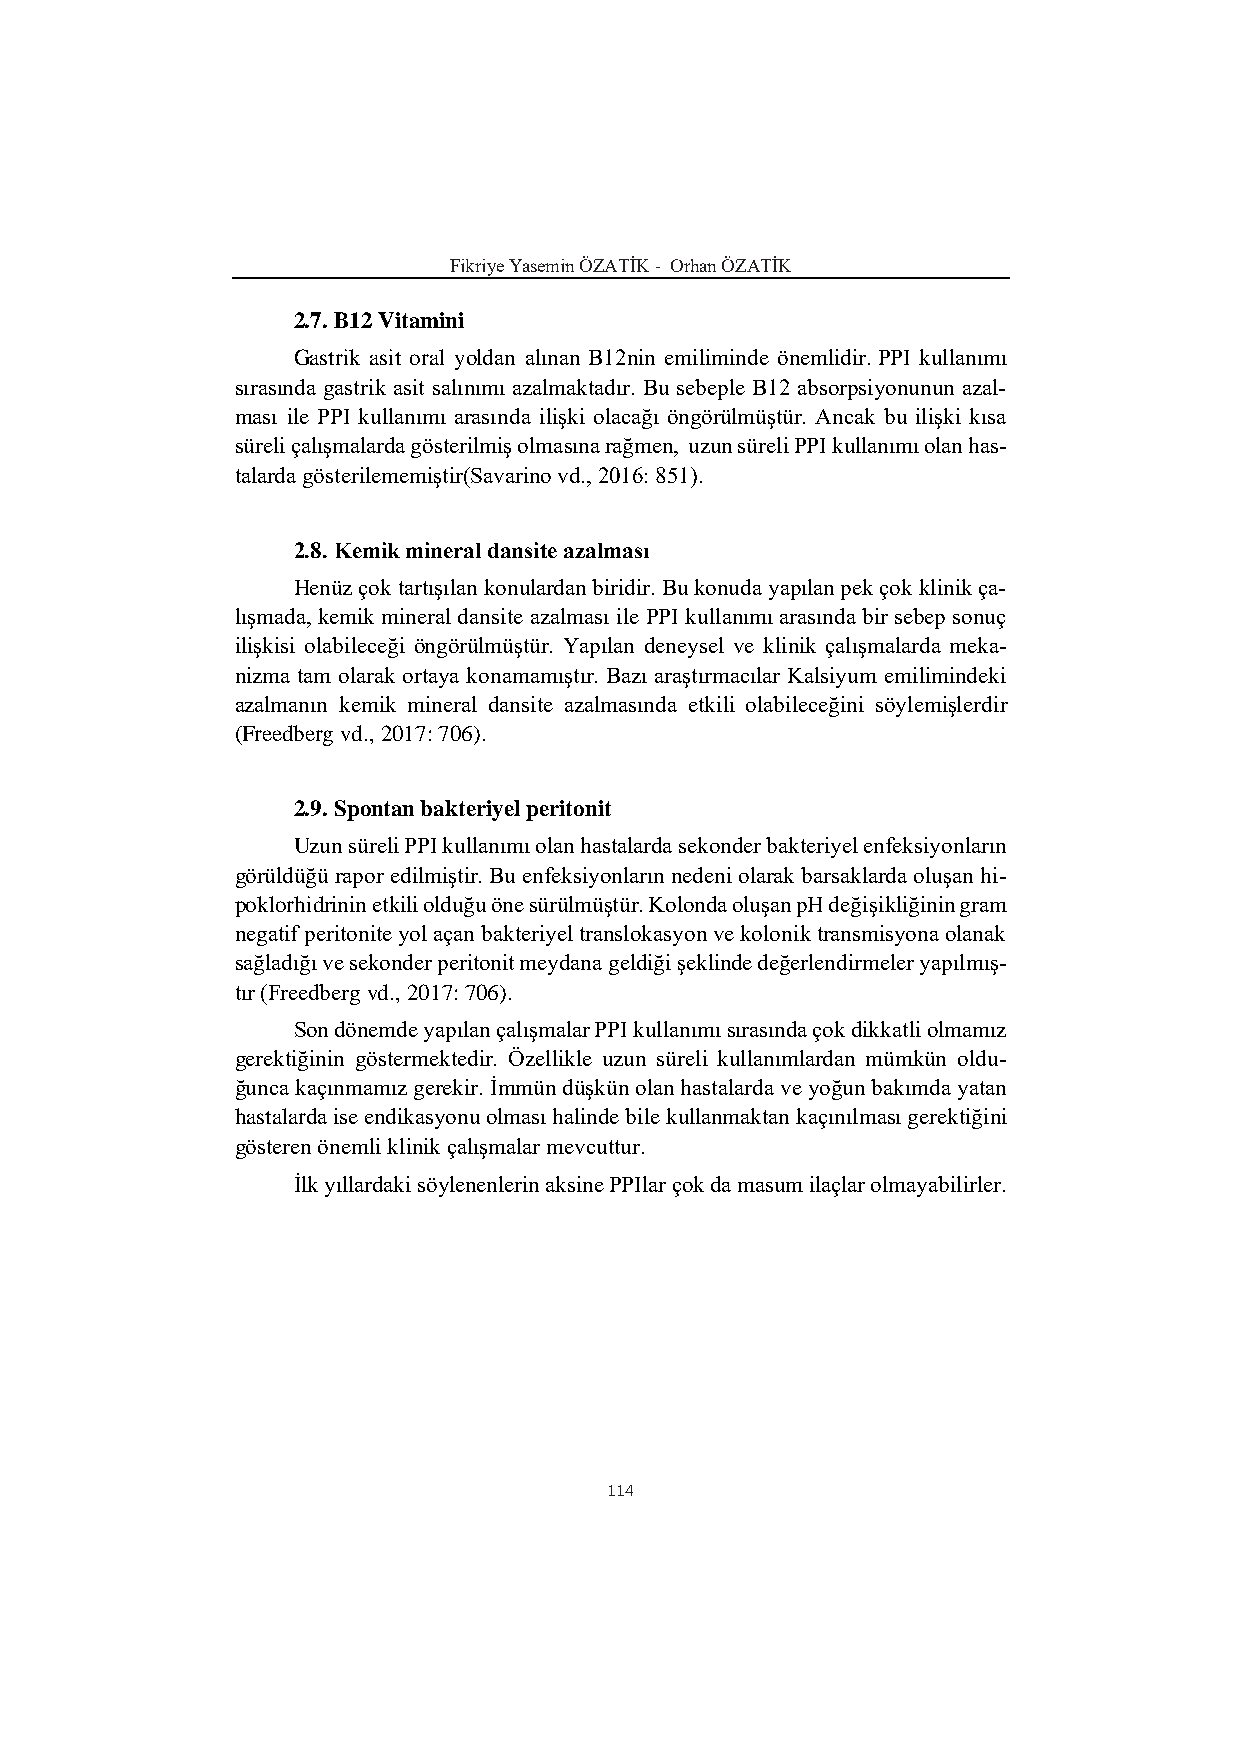
Fikriye Yasemin ÖZATİK - Orhan ÖZATİK
 2.7. B12 Vitamini
 Gastrik asit oral yoldan alınan B12nin emiliminde önemlidir. PPI kullanımı
 sırasında gastrik asit salınımı azalmaktadır. Bu sebeple B12 absorpsiyonunun azal-
 ması ile PPI kullanımı arasında ilişki olacağı öngörülmüştür. Ancak bu ilişki kısa
 süreli çalışmalarda gösterilmiş olmasına rağmen, uzun süreli PPI kullanımı olan has-
 talarda gösterilememiştir(Savarino vd., 2016: 851).
 2.8. Kemik mineral dansite azalması
 Henüz çok tartışılan konulardan biridir. Bu konuda yapılan pek çok klinik ça-
 lışmada, kemik mineral dansite azalması ile PPI kullanımı arasında bir sebep sonuç
 ilişkisi olabileceği öngörülmüştür. Yapılan deneysel ve klinik çalışmalarda meka-
 nizma tam olarak ortaya konamamıştır. Bazı araştırmacılar Kalsiyum emilimindeki
 azalmanın kemik mineral dansite azalmasında etkili olabileceğini söylemişlerdir
 (Freedberg vd., 2017: 706).
 2.9. Spontan bakteriyel peritonit
 Uzun süreli PPI kullanımı olan hastalarda sekonder bakteriyel enfeksiyonların
 görüldüğü rapor edilmiştir. Bu enfeksiyonların nedeni olarak barsaklarda oluşan hi-
 poklorhidrinin etkili olduğu öne sürülmüştür. Kolonda oluşan pH değişikliğinin gram
 negatif peritonite yol açan bakteriyel translokasyon ve kolonik transmisyona olanak
 sağladığı ve sekonder peritonit meydana geldiği şeklinde değerlendirmeler yapılmış-
 tır (Freedberg vd., 2017: 706).
 Son dönemde yapılan çalışmalar PPI kullanımı sırasında çok dikkatli olmamız
 gerektiğinin göstermektedir. Özellikle uzun süreli kullanımlardan mümkün oldu-
 ğunca kaçınmamız gerekir. İmmün düşkün olan hastalarda ve yoğun bakımda yatan
 hastalarda ise endikasyonu olması halinde bile kullanmaktan kaçınılması gerektiğini
 gösteren önemli klinik çalışmalar mevcuttur.
 İlk yıllardaki söylenenlerin aksine PPIlar çok da masum ilaçlar olmayabilirler.
 114